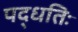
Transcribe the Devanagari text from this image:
पद्धतिः